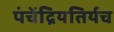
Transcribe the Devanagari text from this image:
पंचेंद्रियतिर्यच